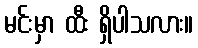
မင်းမှာ ထီး ရှိပါသလား။